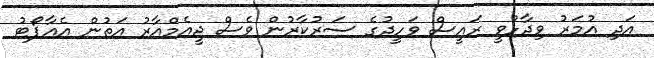
އަދި އުމަރު ވިދާޅުވީ ރައީސް ވަހީދުގެ ސަރުކާރުން ވެސް ޖީއެމްއާރު އަތުން އެއާޕޯޓު